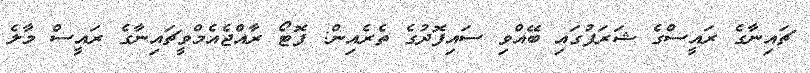
ޗައިނާގެ ރައީސްގެ ޝަރަފުގައި ބޭއްވި ސައިފޮދުގެ ތެރެއިން: ފޮޓޯ ރާއްޖެއެމްވީޗައިނާގެ ރައީސް މާލެ